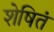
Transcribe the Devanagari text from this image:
शेषितं